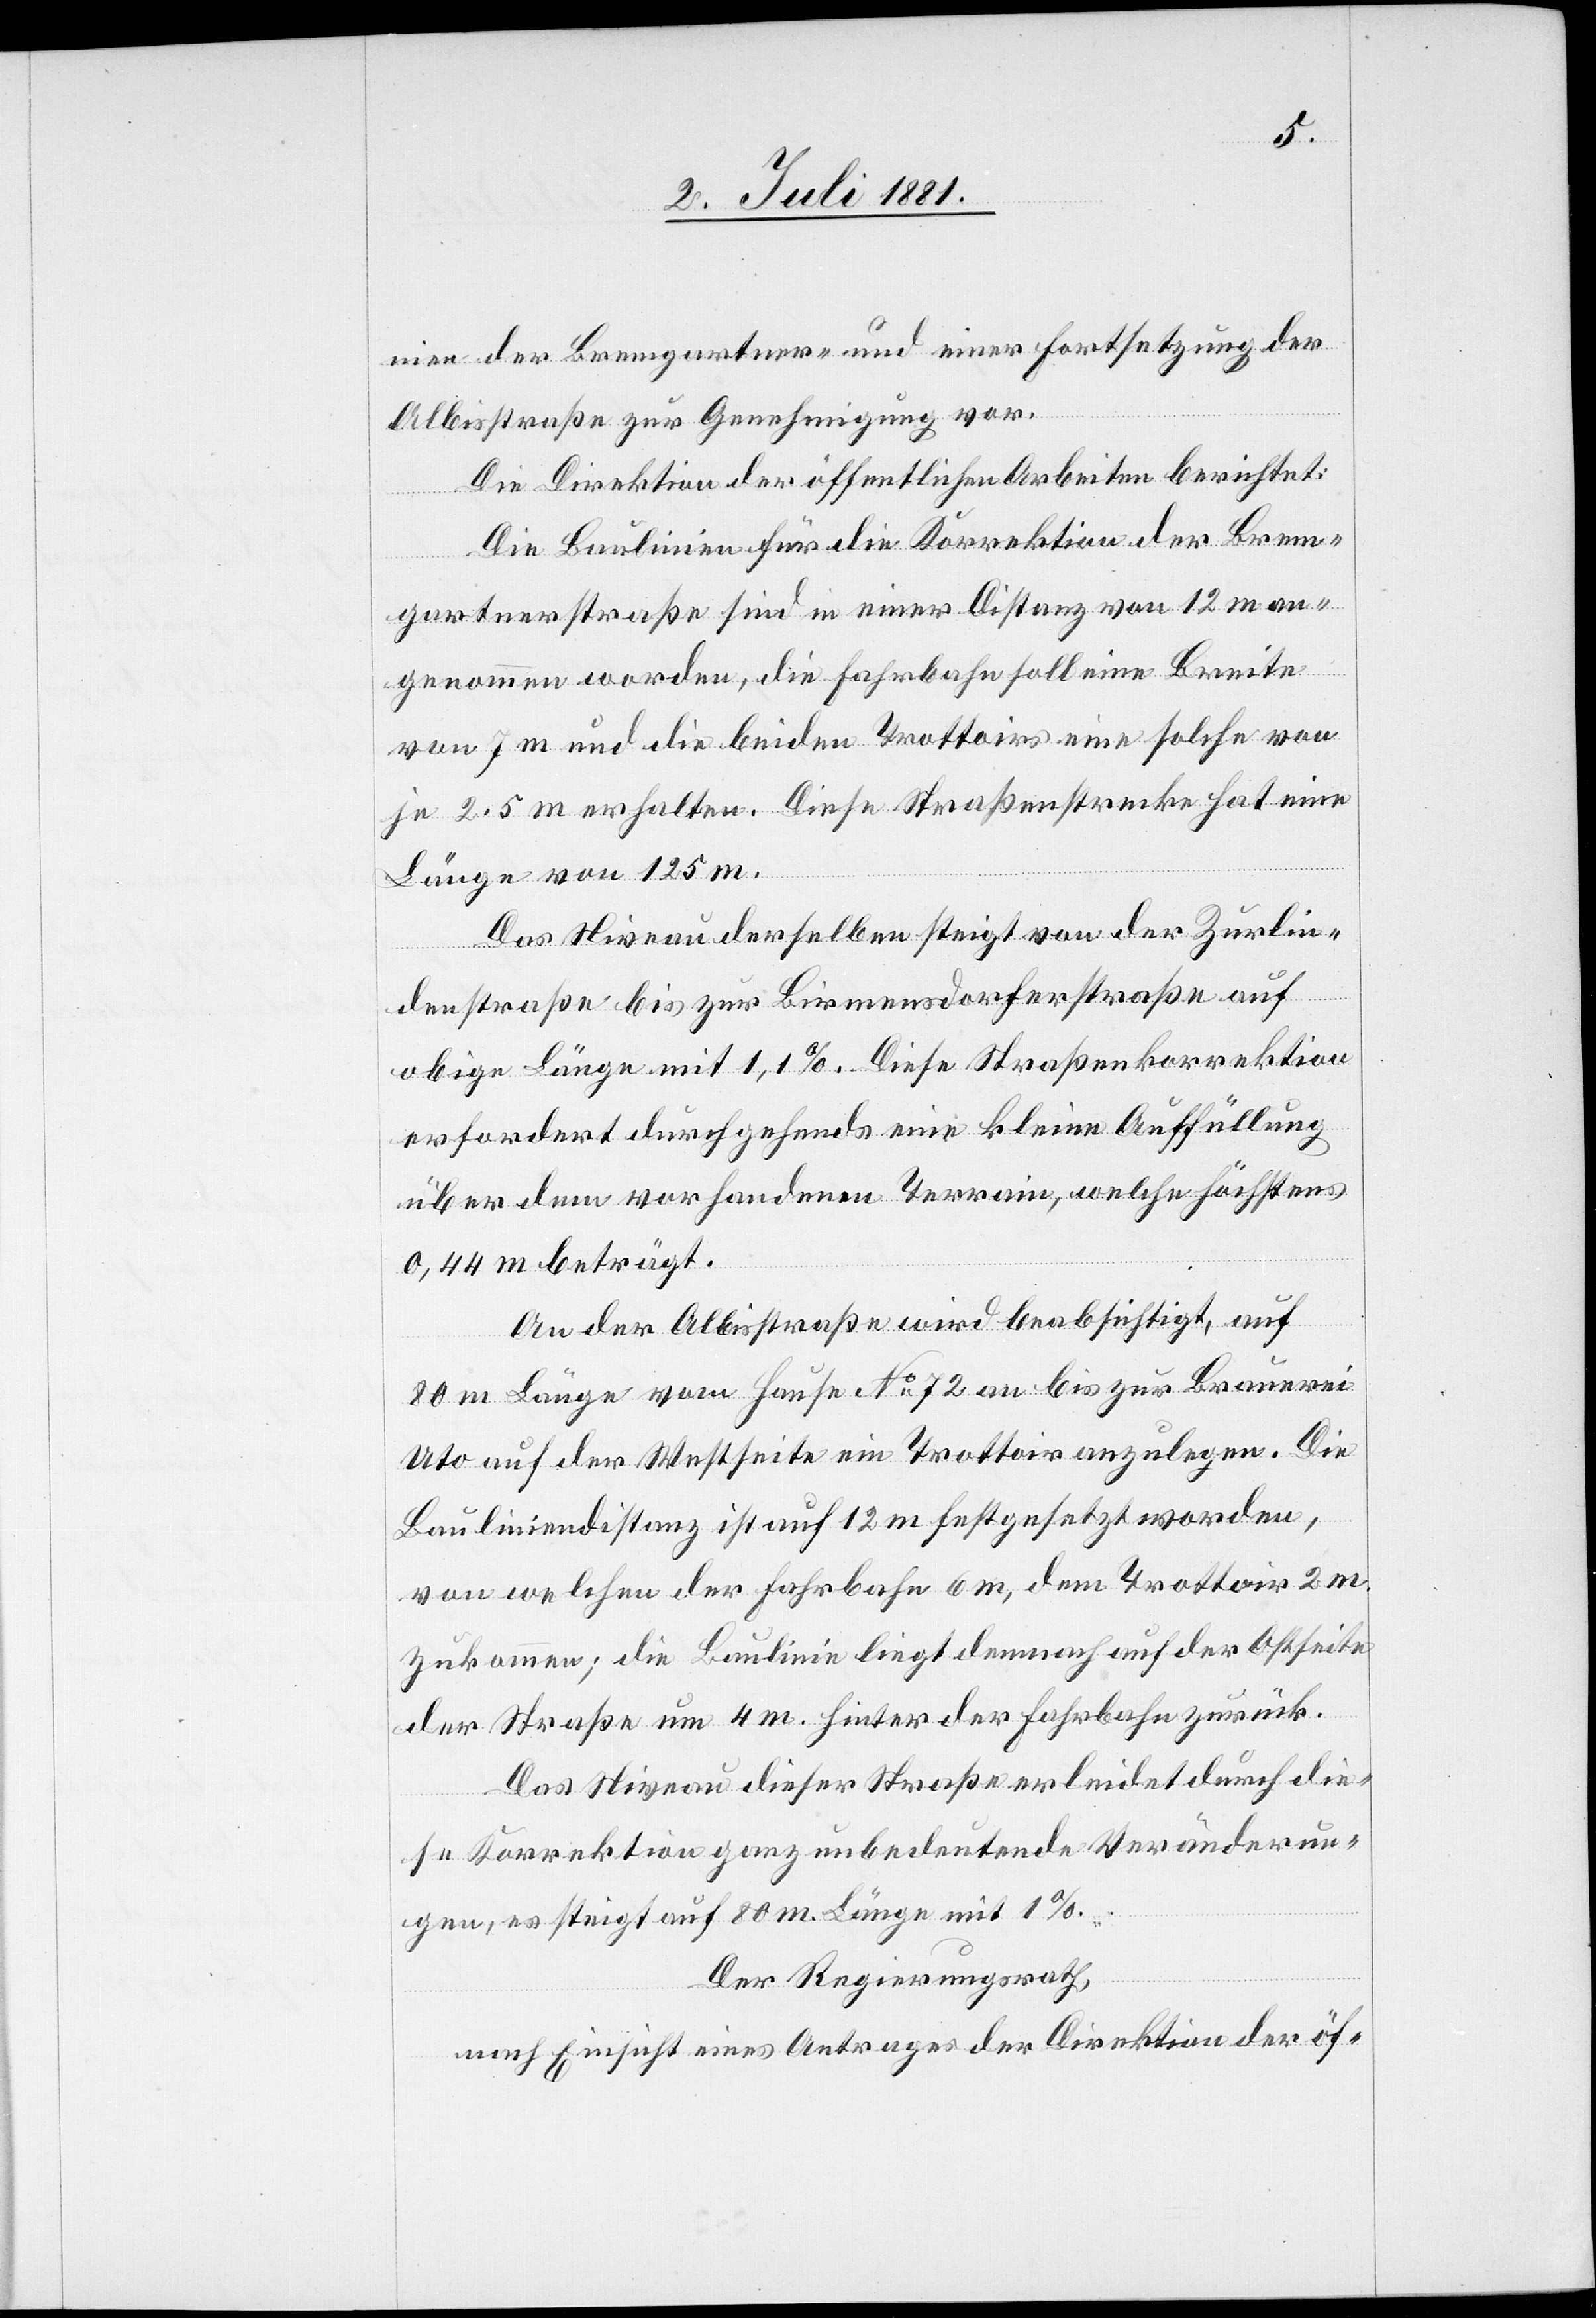
nien der Bremgartner- und einer Fortsetzung der
Albisstraße zur Genehmigung vor.
Die Direktion der öffentlichen Arbeiten berichtet:
Die Baulinien für die Korrektion der Brem¬
gartnerstraße sind in einer Distanz von 12 m an¬
genommen worden, die Fahrbahn soll eine Breite
von 7 m und die beiden Trottoirs eine solche von
je 2,5 m erhalten. Diese Straßenstrecke hat eine
Länge von 125 m.
Das Niveau derselben steigt von der Zurlin¬
denstraße bis zur Birmensdorferstraße auf
obige Länge mit 1,1%. Diese Straßenkorrektion
erfordert durchgehends eine kleine Auffüllung
über dem vorhandenen Terrain, welche höchstens
0,44 m beträgt.
An der Albisstraße wird beabsichtigt, auf
80 m Länge vom Hause No 72 an bis zur Brauerei
Uto auf der Westseite ein Trottoir anzulegen. Die
Bauliniendistanz ist auf 12 m festgesetzt worden,
von welcher der Fahrbahn 6 m, dem Trottoir 2
zukommen; die Baulinie liegt demnach auf der Ostseite
der Straße um 4 m. hinter der Fahrbahn zurück.
Das Niveau dieser Straße erleidet durch die¬
se Korrektion ganz unbedeutende Veränderun¬
gen, es steigt auf 80 m Länge mit 1%.
Der Regierungsrath,
nach Einsicht eines Antrages der Direktion der öf-